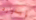
إيدوارد